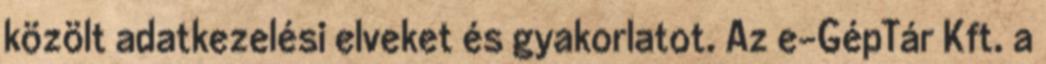
közölt adatkezelési elveket és gyakorlatot. Az e-GépTár Kft. a